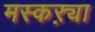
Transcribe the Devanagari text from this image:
मस्कऱ्या